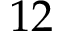
1 2